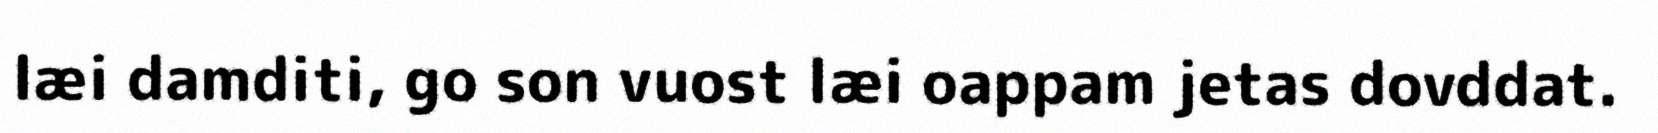
læi damditi, go son vuost læi oappam jetas dovddat.